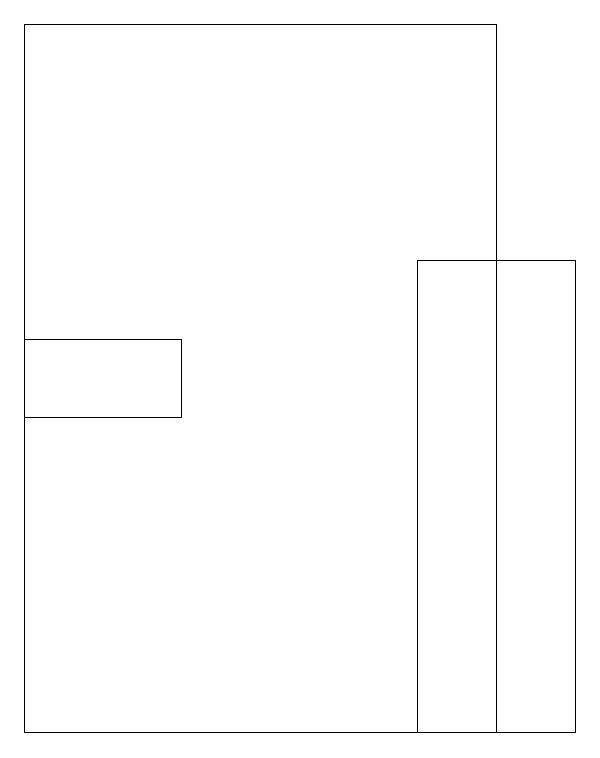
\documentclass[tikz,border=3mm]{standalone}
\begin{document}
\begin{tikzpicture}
\draw (5,16) rectangle (7,10);
\draw (0,15) rectangle (2,14);
\draw (0,10) rectangle (6,19);
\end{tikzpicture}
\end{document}